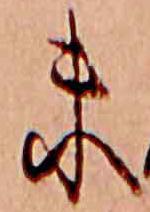
末